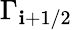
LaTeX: \Gamma_{\mathbf{i}+1/2}